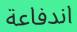
اندفاعة